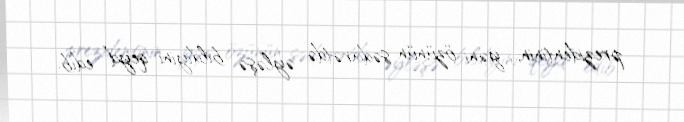
prezidentinin, yəni özünün sədarətdə əyləşə bildiyini qeyd edib.